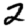
Digit: 2